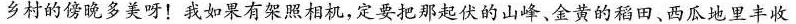
乡村的傍晚多美呀！我如果有架照相机，定要把那起伏的山峰、金黄的稻田、西瓜地里丰收